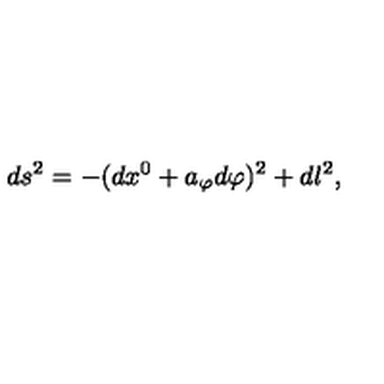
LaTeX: d s ^ { 2 } = - ( d x ^ { 0 } + a _ { \varphi } d \varphi ) ^ { 2 } + d l ^ { 2 } ,